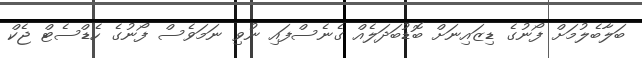
ބަލާބެލުމަށް ފޯނުގެ ޑިޒައިނަށް ބޮޑުބަދަލެއް ގެނެސްފައި ނުވި ނަމަވެސް ފޯނުގެ ހެޑްސެޓް ޖެކް